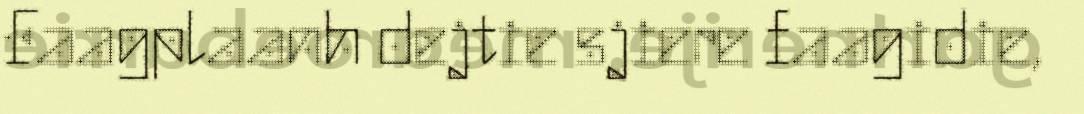
Faagplaanh dejtie sjiere faagidie,